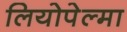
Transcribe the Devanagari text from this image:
लियोपेल्मा